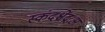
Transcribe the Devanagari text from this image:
स्कंदश्चेंद्रःअ